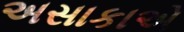
અસાકાએ